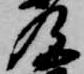
及